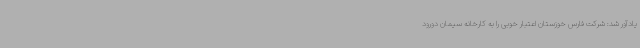
یادآور شد: شرکت فارس خوزستان اعتبار خوبی را به کارخانه سیمان دورود